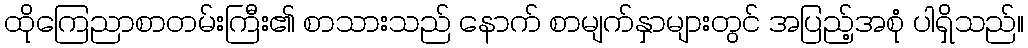
ထိုကြေညာစာတမ်းကြီး၏ စာသားသည် နောက် စာမျက်နှာများတွင် အပြည့်အစုံ ပါရှိသည်။